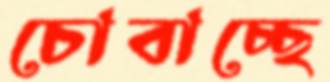
চোবাচ্ছে